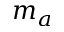
m _ { a }